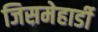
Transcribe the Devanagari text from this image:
जिसमेहार्डी